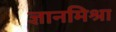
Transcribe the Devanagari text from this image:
ज्ञानमिश्रा